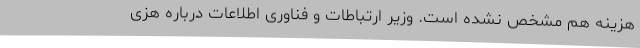
هزینه هم مشخص نشده است. وزیر ارتباطات و فناوری اطلاعات درباره هزی